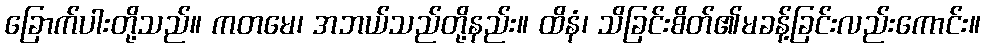
ခြောက်ပါးတို့သည်။ ကတမေ၊ အဘယ်သည်တို့နည်း။ ထိနံ၊ သိခြင်းစိတ်၏မခန့်ခြင်းလည်းကောင်း။